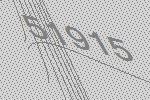
51915